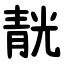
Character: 靗